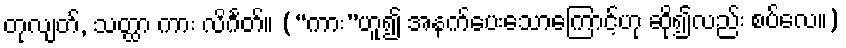
တုလျတ်, သတ္ထာ ကား လိင်္ဂတ်။ (“ကား”ဟူ၍ အနက်ပေးသောကြောင့်ဟု ဆို၍လည်း စပ်လေ။)